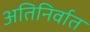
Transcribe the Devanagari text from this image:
अतिनिर्वात